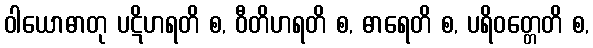
ဝါယောဓာတု ပဋိဟရတိ စ, ဝီတိဟရတိ စ, ဓာရေတိ စ, ပရိဝတ္တေတိ စ,